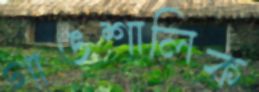
গাঙশালিক